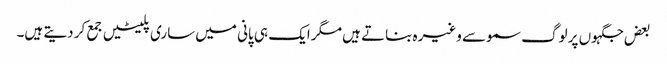
بعض جگہوں پر لوگ سموسے وغیرہ بناتے ہیں مگر ایک ہی پانی میں ساری پلیٹیں جمع کر دیتے ہیں۔